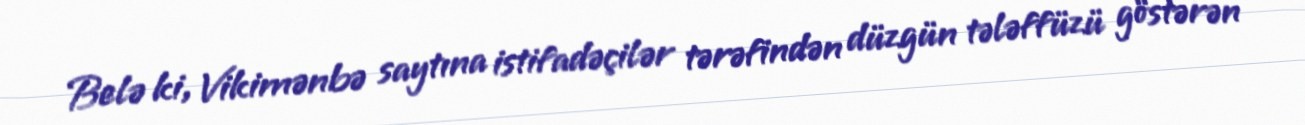
Belə ki, Vikimənbə saytına istifadəçilər tərəfindən düzgün tələffüzü göstərən